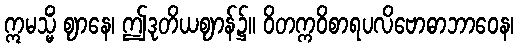
ဣမသ္မိံ ဈာနေ၊ ဤဒုတိယဈာန်၌။ ဝိတက္ကဝိစာရပလိဗောဓာဘာဝေန၊